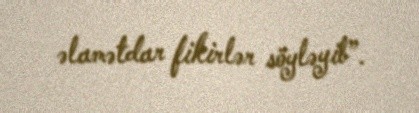
əlamətdar fikirlər söyləyib”.